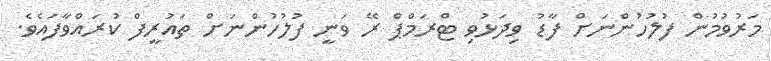
މަރުވުމުން ފުލުހުންނަށް ފާޑު ވިދަޅުވި ޓްރަމްޕް ރޭ ވަނީ ފުލުހުންނަށް ތައުރީފް ކުރައްވާފައެވެ.